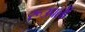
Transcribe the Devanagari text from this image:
रूउपली